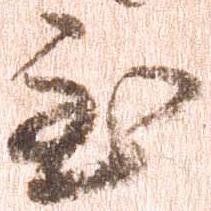
至